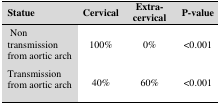
<table><thead><tr><td><b>Statue</b></td><td><b>Cervical</b></td><td><b>Extra-cervical</b></td><td><b>P-value</b></td></tr></thead><tbody><tr><td> Non transmission from aortic arch</td><td>100%</td><td>0%</td><td>&lt;0.001</td></tr><tr><td>Transmission from aortic arch</td><td>40%</td><td>60%</td><td>&lt;0.001</td></tr></tbody></table>